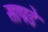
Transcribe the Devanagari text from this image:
सापडे